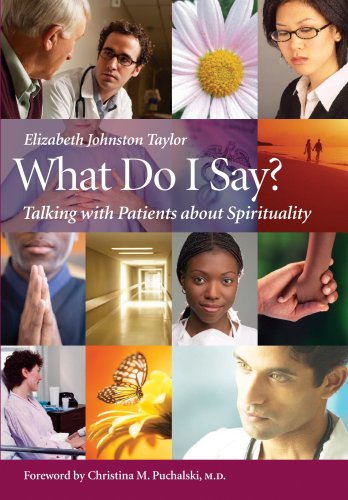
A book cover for What Do I Say?: Talking with Patients about Spirituality; Elizabeth Johnston-Taylor; Medical Books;